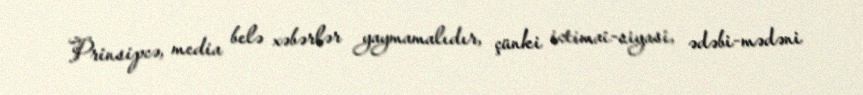
Prinsipcə, media belə xəbərlər yaymamalıdır, çünki ictimai-siyasi, ədəbi-mədəni